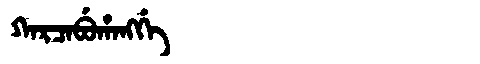
Manchu: ᡴᠠᡵᠴᠠᠪᡠᡥᠠᠩᡤᡝ
Romanization: KARCABUHANGGE